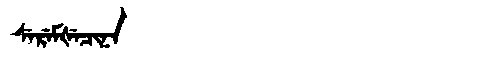
Manchu: ᠰᡝᡵᡝᠮᡧᡝᠴᡳᠨᠠ
Romanization: SEREMŠECINA